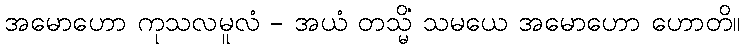
အမောဟော ကုသလမူလံ - အယံ တသ္မိံ သမယေ အမောဟော ဟောတိ။